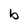
Character: b